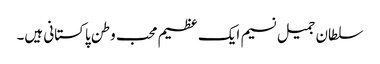
سلطان جمیل نسیم ایک عظیم محب وطن پاکستانی ہیں۔